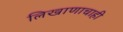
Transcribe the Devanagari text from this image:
लिखाणाचाही